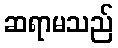
ဆရာမသည်